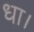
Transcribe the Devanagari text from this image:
धा।